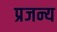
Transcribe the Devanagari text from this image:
प्रजन्य